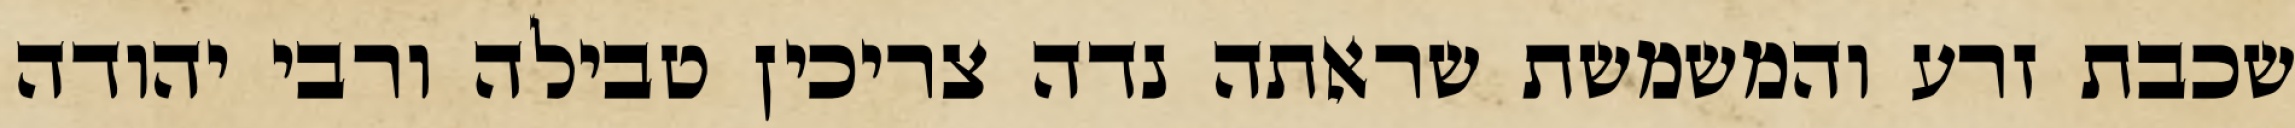
שכבת זרע והמשמשת שראתה נדה צריכין טבילה ורבי יהודה